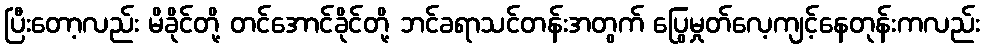
ပြီးတော့လည်း မိခိုင်တို့ တင်အောင်ခိုင်တို့ ဘင်ခရာသင်တန်းအတွက် ပြွေမှုတ်လေ့ကျင့်နေတုန်းကလည်း